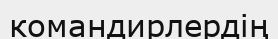
командирлердің